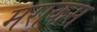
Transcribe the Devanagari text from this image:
मराकस